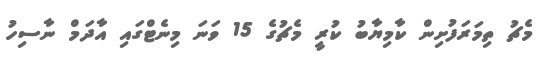
މެޗު ތިމަރަފުށިން ކާމިޔާބު ކުރީ މެޗުގެ 15 ވަނަ މިނެޓްގައި އާދަމް ނާސިހު